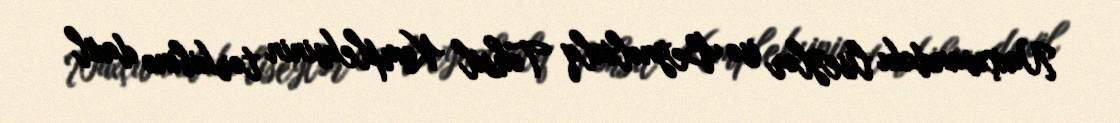
Naxçıvandakı liseylər isə Beynəlxalq Təhsil Kompleksinin tərkibinə daxil